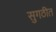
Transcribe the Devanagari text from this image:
सुगठीत